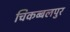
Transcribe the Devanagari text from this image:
चिकब्बलपुर